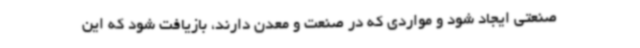
صنعتی ایجاد شود و مواردی که در صنعت و معدن دارند، بازیافت شود که این